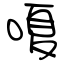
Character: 嗄